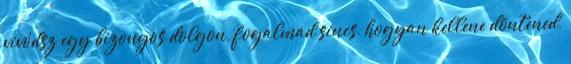
vívódsz egy bizonyos dolgon, fogalmad sincs, hogyan kellene döntened,